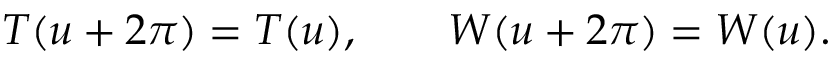
T ( u + 2 \pi ) = T ( u ) , \qquad W ( u + 2 \pi ) = W ( u ) .